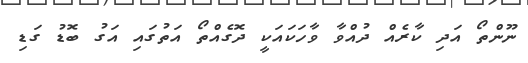
ނޫންތޯ އަދި ކާރެއް ދުއްވާ ވާހަކައަކީ ދޮގެއްތޯ އަތުގައި އަގު ބޮޑު ގަޑި